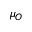
\mu _ { O }